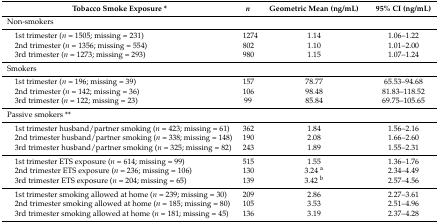
<table><thead><tr><td><b>Tobacco Smoke Exposure *</b></td><td><b><i>n</i></b></td><td><b>Geometric Mean (ng/mL)</b></td><td><b>95% CI (ng/mL)</b></td></tr></thead><tbody><tr><td colspan="4">Non-smokers</td></tr><tr><td> 1st trimester (<i>n</i> = 1505; missing = 231)</td><td>1274</td><td>1.14</td><td>1.06–1.22</td></tr><tr><td> 2nd trimester (<i>n</i> = 1356; missing = 554)</td><td>802</td><td>1.10</td><td>1.01–2.00</td></tr><tr><td> 3rd trimester (<i>n</i> = 1273; missing = 293)</td><td>980</td><td>1.15</td><td>1.07–1.24</td></tr><tr><td colspan="4">Smokers</td></tr><tr><td> 1st trimester (<i>n</i> = 196; missing = 39)</td><td>157</td><td>78.77</td><td>65.53–94.68</td></tr><tr><td> 2nd trimester (<i>n</i> = 142; missing = 36)</td><td>106</td><td>98.48</td><td>81.83–118.52</td></tr><tr><td> 3rd trimester (<i>n</i> = 122; missing = 23)</td><td>99</td><td>85.84</td><td>69.75–105.65</td></tr><tr><td colspan="4">Passive smokers **</td></tr><tr><td> 1st trimester husband/partner smoking (<i>n</i> = 423; missing = 61)</td><td>362</td><td>1.84</td><td>1.56–2.16</td></tr><tr><td> 2nd trimester husband/partner smoking (<i>n</i> = 338; missing = 148)</td><td>190</td><td>2.08</td><td>1.66–2.60</td></tr><tr><td> 3rd trimester husband/partner smoking (<i>n</i> = 325; missing = 82)</td><td>243</td><td>1.89</td><td>1.55–2.31</td></tr><tr><td> 1st trimester ETS exposure (<i>n</i> = 614; missing = 99)</td><td>515</td><td>1.55</td><td>1.36–1.76</td></tr><tr><td> 2nd trimester ETS exposure (<i>n</i> = 236; missing = 106)</td><td>130</td><td>3.24 <sup>a</sup></td><td>2.34–4.49</td></tr><tr><td> 3rd trimester ETS exposure (<i>n</i> = 204; missing = 65)</td><td>139</td><td>3.42 <sup>b</sup></td><td>2.57–4.56</td></tr><tr><td> 1st trimester smoking allowed at home (<i>n</i> = 239; missing = 30)</td><td>209</td><td>2.86</td><td>2.27–3.61</td></tr><tr><td> 2nd trimester smoking allowed at home (<i>n</i> = 185; missing = 80)</td><td>105</td><td>3.53</td><td>2.51–4.96</td></tr><tr><td> 3rd trimester smoking allowed at home (<i>n</i> = 181; missing = 45)</td><td>136</td><td>3.19</td><td>2.37–4.28</td></tr></tbody></table>